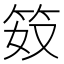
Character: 笯